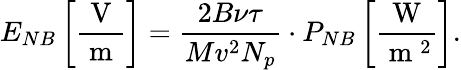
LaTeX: E_{NB}\left[\frac{\mathrm{~V~}}{\mathrm{~m~}}\right]=\frac{2B\nu\tau}{Mv^{2}N_{p}}\cdot P_{NB}\left[\frac{\mathrm{~W~}}{\mathrm{~m~}^{2}}\right].